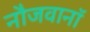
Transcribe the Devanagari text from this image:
नौजवानॉ